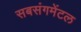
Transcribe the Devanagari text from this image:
सबसंगमेंटल